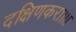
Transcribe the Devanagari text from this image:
दक्षिणकरा।।।